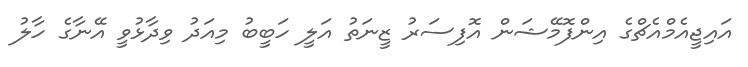
އައިޖީއެމްއެޗްގެ އިންފޮމޭޝަން އޮފިސަރު ޒީނަތު އަލީ ހަބީބު މިއަދު ވިދާޅުވީ އޭނާގެ ހާލު